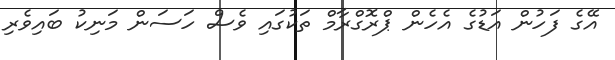
އޭގެ ފަހުން އަޑުގެ އެހެން ޕްރޮގްރާމް ތަކުގައި ވެސް ހަސަން މަނިކު ބައިވެރި